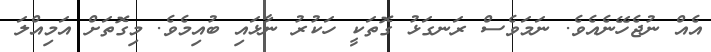
އެއް ނުޖެހޭނެއެވެ. ނަމަވެސް ރަނގަޅު ގޮތަކީ ހަކުރު ނާޅައި ބުއިމެވެ. މިގޮތަށް އަމިއްލަ